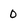
Character: 0